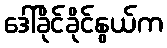
ဒေါ်ခိုင်ခိုင်နွယ်က